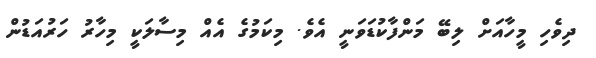
ދިވެހި މީހާއަށް ލިބޭ މަންފާކުޑަވަނީ އެވެ. މިކަމުގެ އެއް މިސާލަކީ މިހާރު ހަރުއަޑުން